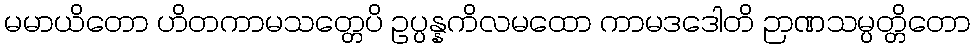
မမာယိတော ဟိတကာမသတ္တေပိ ဥပ္ပန္နကိလမထော ကာမဒဒေါတိ ဉာဏသမ္ပတ္တိတော